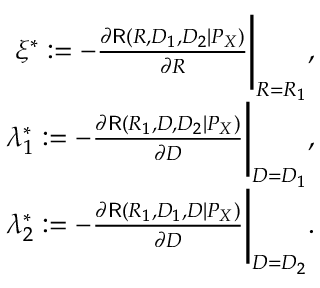
\begin{array} { r } { \xi ^ { * } : = - \frac { \partial \mathsf { R } ( R , D _ { 1 } , D _ { 2 } | P _ { X } ) } { \partial R } \Bigg | _ { R = R _ { 1 } } , } \\ { \lambda _ { 1 } ^ { * } : = - \frac { \partial \mathsf { R } ( R _ { 1 } , D , D _ { 2 } | P _ { X } ) } { \partial D } \Bigg | _ { D = D _ { 1 } } , } \\ { \lambda _ { 2 } ^ { * } : = - \frac { \partial \mathsf { R } ( R _ { 1 } , D _ { 1 } , D | P _ { X } ) } { \partial D } \Bigg | _ { D = D _ { 2 } } . } \end{array}